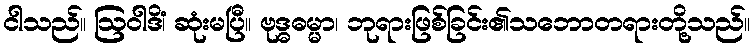
ငါသည်။ ဩဝါဒိံ၊ ဆုံးမပြီ။ ဗုဒ္ဓဓမ္မာ၊ ဘုရားဖြစ်ခြင်း၏သဘောတရားတို့သည်။